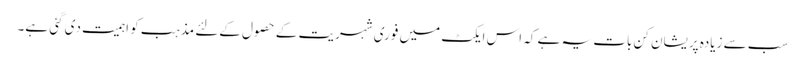
سب سے زیادہ پریشان کن بات یہ ہے کہ اس ایکٹ میں فوری شہریت کے حصول کےلئے مذہب کو اہمیت دی گئی ہے۔